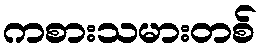
ကစားသမားတစ်